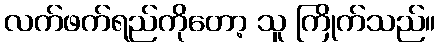
လက်ဖက်ရည်ကိုတော့ သူ ကြိုက်သည်။